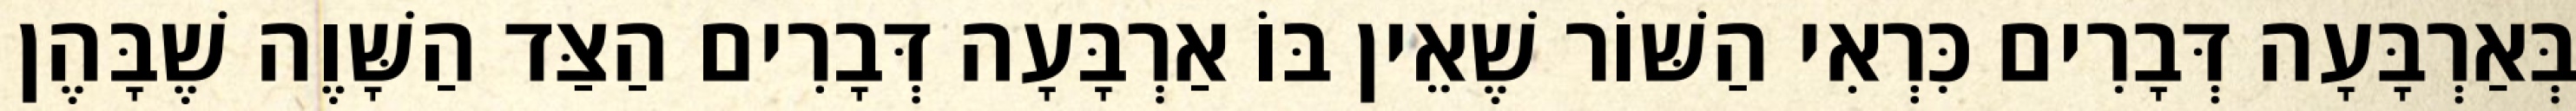
בְּאַרְבָּעָה דְּבָרִים כִּרְאִי הַשּׁוֹר שֶׁאֵין בּוֹ אַרְבָּעָה דְּבָרִים הַצַּד הַשָּׁוֶה שֶׁבָּהֶן